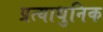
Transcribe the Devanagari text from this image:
प्रत्याधुनिक